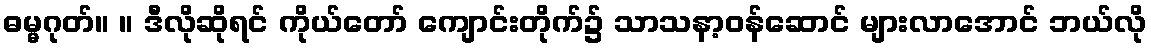
ဓမ္မဂုတ်။ ။ ဒီလိုဆိုရင် ကိုယ်တော် ကျောင်းတိုက်၌ သာသနာ့ဝန်ဆောင် များလာအောင် ဘယ်လို